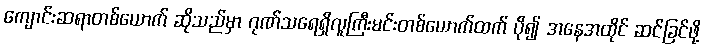
ကျောင်းဆရာတစ်ယောက် ဆိုသည်မှာ ဂုဏ်သရေရှိလူကြီးမင်းတစ်ယောက်ထက် ပို၍ အနေအထိုင် ဆင်ခြင်ဖို့